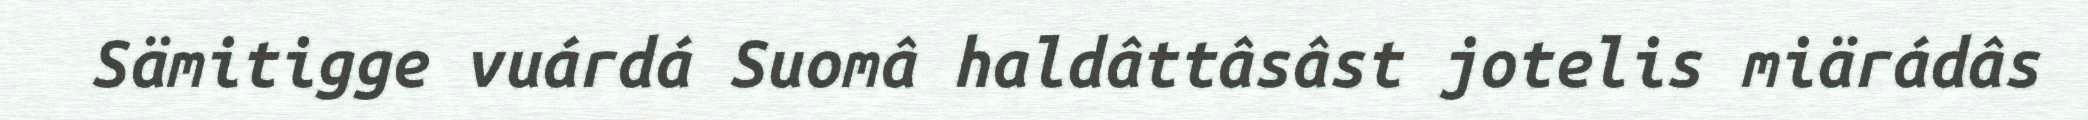
Sämitigge vuárdá Suomâ haldâttâsâst jotelis miärádâs